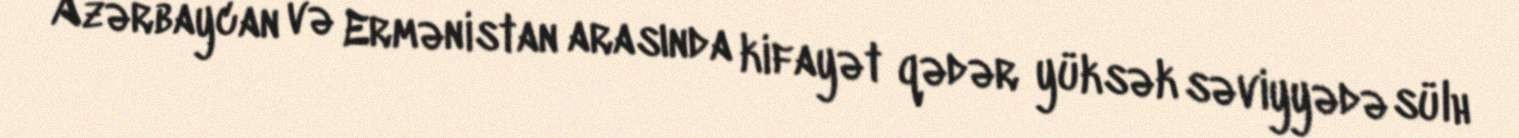
Azərbaycan və Ermənistan arasında kifayət qədər yüksək səviyyədə sülh